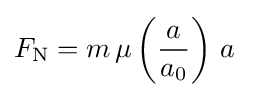
F_{\text{N}}=m\,\mu \left({\frac {a}{a_{0}}}\right)\,a~